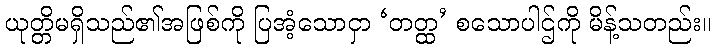
ယုတ္တိမရှိသည်၏အဖြစ်ကို ပြအံ့သောငှာ ‘တတ္ထ’ စသောပါဌ်ကို မိန့်သတည်း။